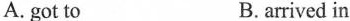
A. got to B.arrived in